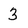
Character: 3